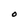
Character: O